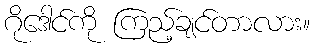
ဂိုဒေါင်ကို ကြည့်ချင်တာလား။